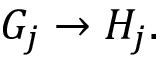
G _ { j } \to H _ { j } .